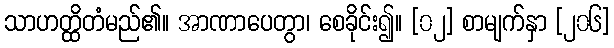
သာဟတ္ထိတံမည်၏။ အာဏာပေတွာ၊ စေခိုင်း၍။ [၀၂] စာမျက်နှာ [၂၀၆]